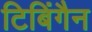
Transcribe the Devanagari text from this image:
टिबिंगैन